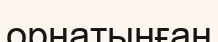
орнатынған